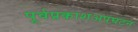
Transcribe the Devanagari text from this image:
पूर्वप्रकाशअपघटन